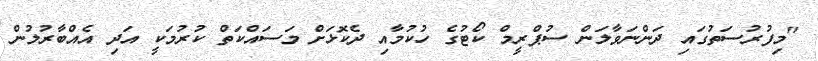
"މިފުރުސަތުގައި ދަންނަވާލަން ސުޕްރީމް ކޯޓުގެ ހުކުމާއި ދެކޮޅަށް މަސައްކަތް ކުރުމަކީ އަދި އެއްބާރުލުން